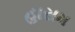
હાસમ